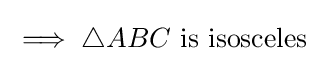
\implies \triangle ABC{\text{ is isosceles}}